Vaccination North-Western Provinces 1866-1877 - 1866-1877
Year: 1866
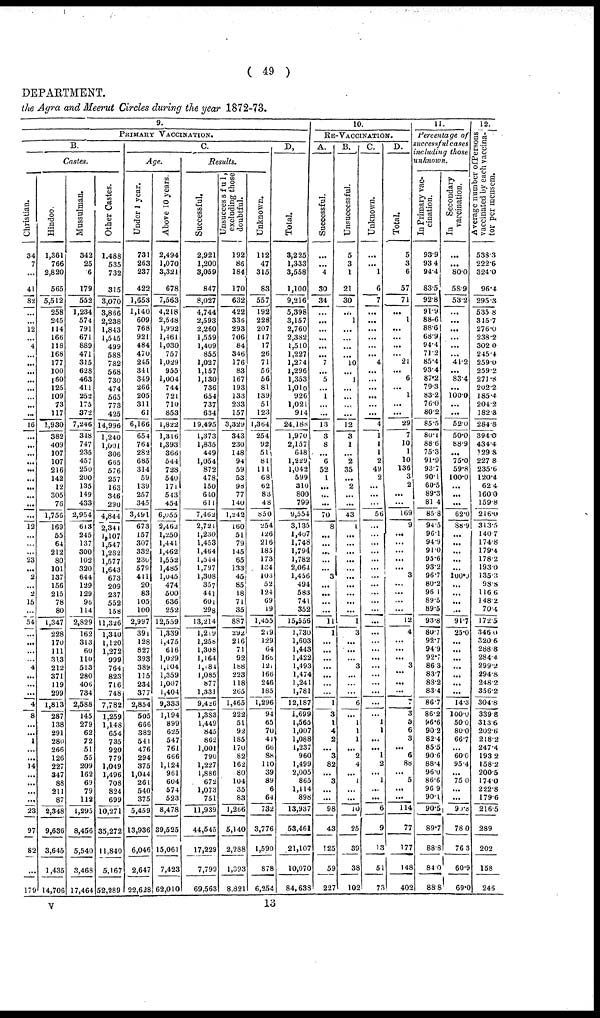
( 49 )
DEPARTMENT.
the Agra and Meerut Circles during the year 1872-73.
9.
PRIMARY VACCINATION.
B.
Castes.
Christian.
34
7
...
41
82
...
...
12
...
4
...
...
...
...
...
...
...
...
16
...
...
...
...
...
...
...
...
...
...
12
...
...
...
23
...
2
...
...
15
...
54
...
...
...
...
4
...
...
...
4
8
...
...
1
...
...
14
...
...
...
...
23
97
82
...
179
Hindoo.
1,361
766
2,820
565
5,512
258
245
114
166
118
168
177
100
160
125
109
73
117
1,930
382
409
107
107
216
142
12
305
76
1,756
169
55
64
212
80
101
137
156
215
78
80
1,347
228
170
111
313
212
371
119
299
1,813
287
138
291
280
266
126
227
347
88
211
87
2,348
9,636
3,645
1,435
14,706
Mussulman.
342
25
6
179
552
1,234
574
791
671
889
471
315
628
463
411
252
175
372
7,246
348
747
235
457
250
200
135
149
433
2,954
613
245
137
300
102
320
644
129
129
96
114
2,829
162
313
60
110
513
280
406
734
2,588
145
279
62
72
51
55
209
162
69
79
112
1,295
8,456
5,540
3,468
17,464
Other Castes.
1,488
535
732
315
3,070
3,866
2,238
1,843
1,545
499
588
782
568
730
474
565
773
425
14,996
1,240
1,001
306
665
576
257
163
346
290
4,844
2,341
1,107
1,547
1,282
1,577
1,643
673
209
237
552
158
11,326
1,340
1,120
1,272
999
764
823
716
748
7,782
1,259
1,148
654
735
920
779
1,049
1,496
708
824
699
10,271
35,272
11,840
5,167
52,289
C.
Age.
Under 1 year.
731
263
237
422
1,653
1,140
609
768
921
484
470
245
341
349
266
205
311
61
6,166
654
764
282
685
314
59
139
257
345
3,491
673
157
307
332
230
579
411
20
83
105
100
2,997
39l
128
827
393
389
115
234
377
2,854
505
666
382
541
476
294
375
1,044
261
540
375
5,459
13,936
6,046
2,647
22,628
Above 10 years.
2,494
1,070
3,321
678
7,563
4,218
2,548
1,992
1,461
1,030
757
1,029
955
1,004
744
721
710
853
1,822
1,316
1,393
366
544
728
540
171
543
454
6,055
2,462
1,250
1,441
1,462
1,552
1,485
1,045
474
500
636
252
12,559
1,339
1,475
616
1,029
1,104
1,359
1,007
1,404
9,333
1,194
899
625
547
761
666
1,124
961
604
574
523
8,478
39,525
15,061
7,423
62,010
Results.
Successful.
2,921
1,200
3,059
847
8,027
4,744
2,593
2,260
1,559
1,409
855
1,027
1,157
1,130
736
654
737
634
19,495
1,373
1,835
449
1,054
872
478
150
640
611
7,462
2,721
1,230
1,453
1,464
1,544
1,797
1,308
357
441
601
298
13,214
l,219
1,258
1,308
1,164
1,184
1,085
877
1,331
9,426
1,383
1,449
845
862
1,001
790
1,227
1,886
672
1,073
751
11,939
44,545
17,229
7,799
69,563
Unsuccessful,
excluding those
doubtful.
192
86
184
170
632
422
336
293
706
84
346
176
83
167
193
133
233
157
3,329
343
230
148
94
59
53
98
77
140
1,242
160
51
79
145
65
133
45
85
18
71
35
887
292
216
71
92
188
223
118
265
1,465
222
51
92
185
170
82
162
80
104
35
83
1,266
5,140
2,288
1,393
8,821
Unknown.
112
47
315
83
557
192
228
207
117
17
26
71
56
56
81
139
51
123
1,364
254
92
51
81
111
68
62
83
48
850
254
126
216
185
173
134
103
52
124
69
19
1,455
219
129
64
165
121
166
246
185
1,296
94
65
70
41
66
88
110
39
89
6
64
732
3,776
1,590
878
6,254
D.
Total.
3,225
1,333
3,558
1,100
9,216
5,398
3,157
2,760
2,382
1,510
1,227
1,274
1,296
1,353
1,010
926
1,021
914
24,188
1,970
2,157
648
1,229
1,042
599
310
800
799
9,554
3,135
l,407
1,748
1,794
1,782
2,064
1,456
494
583
741
352
15,556
1,730
1,603
1,443
1,422
1,493
1,474
1,241
1,781
12,187
1,699
1,565
1,007
1,088
1,237
960
1,499
2,005
865
1,114
898
13,937
53,461
21,107
10,070
84,638
10.
RE-VACCINATION.
A.
Successful.
...
...
4
30
34
...
...
...
...
...
...
7
...
5
...
1
...
...
13
3
8
...
6
52
1
...
...
...
70
8
...
...
...
...
...
3
...
...
...
...
11
1
...
...
...
...
...
...
...
1
3
1
4
2
...
3
82
...
3
...
...
98
43
125
59
227
B.
Unsuccessful.
5
3
1
21
30
...
1
...
...
...
...
10
...
1
...
...
...
...
12
3
1
...
2
35
...
2
...
...
43
1
...
...
...
...
...
...
...
...
...
...
1
3
...
...
...
3
...
...
...
6
...
1
1
1
...
2
4
...
1
...
...
10
25
39
38
102
C.
Unknown.
...
...
1
6
7
...
...
...
...
...
...
4
...
...
...
...
...
...
4
1
1
1
2
49
2
...
...
...
56
...
...
...
...
...
...
...
...
...
...
...
...
...
...
...
...
...
...
...
...
...
...
1
1
...
...
1
2
...
1
...
...
6
9
13
51
73
D.
Total.
5
3
6
57
71
...
1
...
...
...
21
...
6
...
1
...
...
29
7
10
1
10
136
3
2
...
...
169
9
...
...
...
...
...
3
...
...
...
...
12
4
...
...
...
3
...
...
...
7
3
3
6
3
...
6
88
...
5
...
...
114
77
177
148
402
11.
Percentage of
successful cases
including those
unknown.
In Primary vac-
cination.
939
93.4
94.4
83.5
92.8
91.9
88.6
88.6
68.9
94.4
71.2
85.4
93.4
87.2
79.3
83.2
76.0
80.2
85.5
80.1
88.6
75.3
91.9
93.7
90.1
60.5
89.3
81.4
85.8
94.5
96.1
94.9
91.0
95.6
93.2
96.7
80.2
96.1
89.5
89.5
93.8
80.7
92.7
94.9
92.7
86.3
83.7
88.2
83.4
86.7
86.2
96.6
90.2
82.4
85.5
90.6
88.4
96.0
86.6
96.9
90.1
90.5
89.7
88.8
84.0
88.8
In Secondary
vaccination.
...
...
80.0
58.9
53.2
...
...
...
...
...
...
41.2
...
83.4
...
100.0
...
...
52.0
50.0
88.9
...
75.0
59.8
100.0
...
...
...
62.0
88.9
...
...
...
...
...
100.0
...
...
...
...
91.7
25.0
...
...
...
...
...
...
...
14.3
100.0
50.0
80.0
66.7
...
60.0
95.4
...
75.0
...
...
90.8
78.0
76.3
60.9
69.0
12.
Average number of Persons
vaccinated by each vaccina¬
tor per mensem.
538.3
222.6
324.0
96.4
295.3
535.8
315.7
276.0
238.2
302.0
245.4
259.0
259.2
271.8
202.2
185.4
204.2
182.3
284.8
394.0
434.4
129.8
227.8
235.6
120.4
62.4
160.0
159.8
216.0
313.5
140.7
174.8
179.4
178.2
193.0
135.3
98.8
116.6
148.2
70.4
172.5
346.0
320.6
288.8
284.4
299.2
294.8
248.2
356.2
304.8
339.8
313.6
202.6
218.2
247.4
193.2
158.2
200.5
174.0
222.8
179.6
216.5
289
202
158
246
v
13